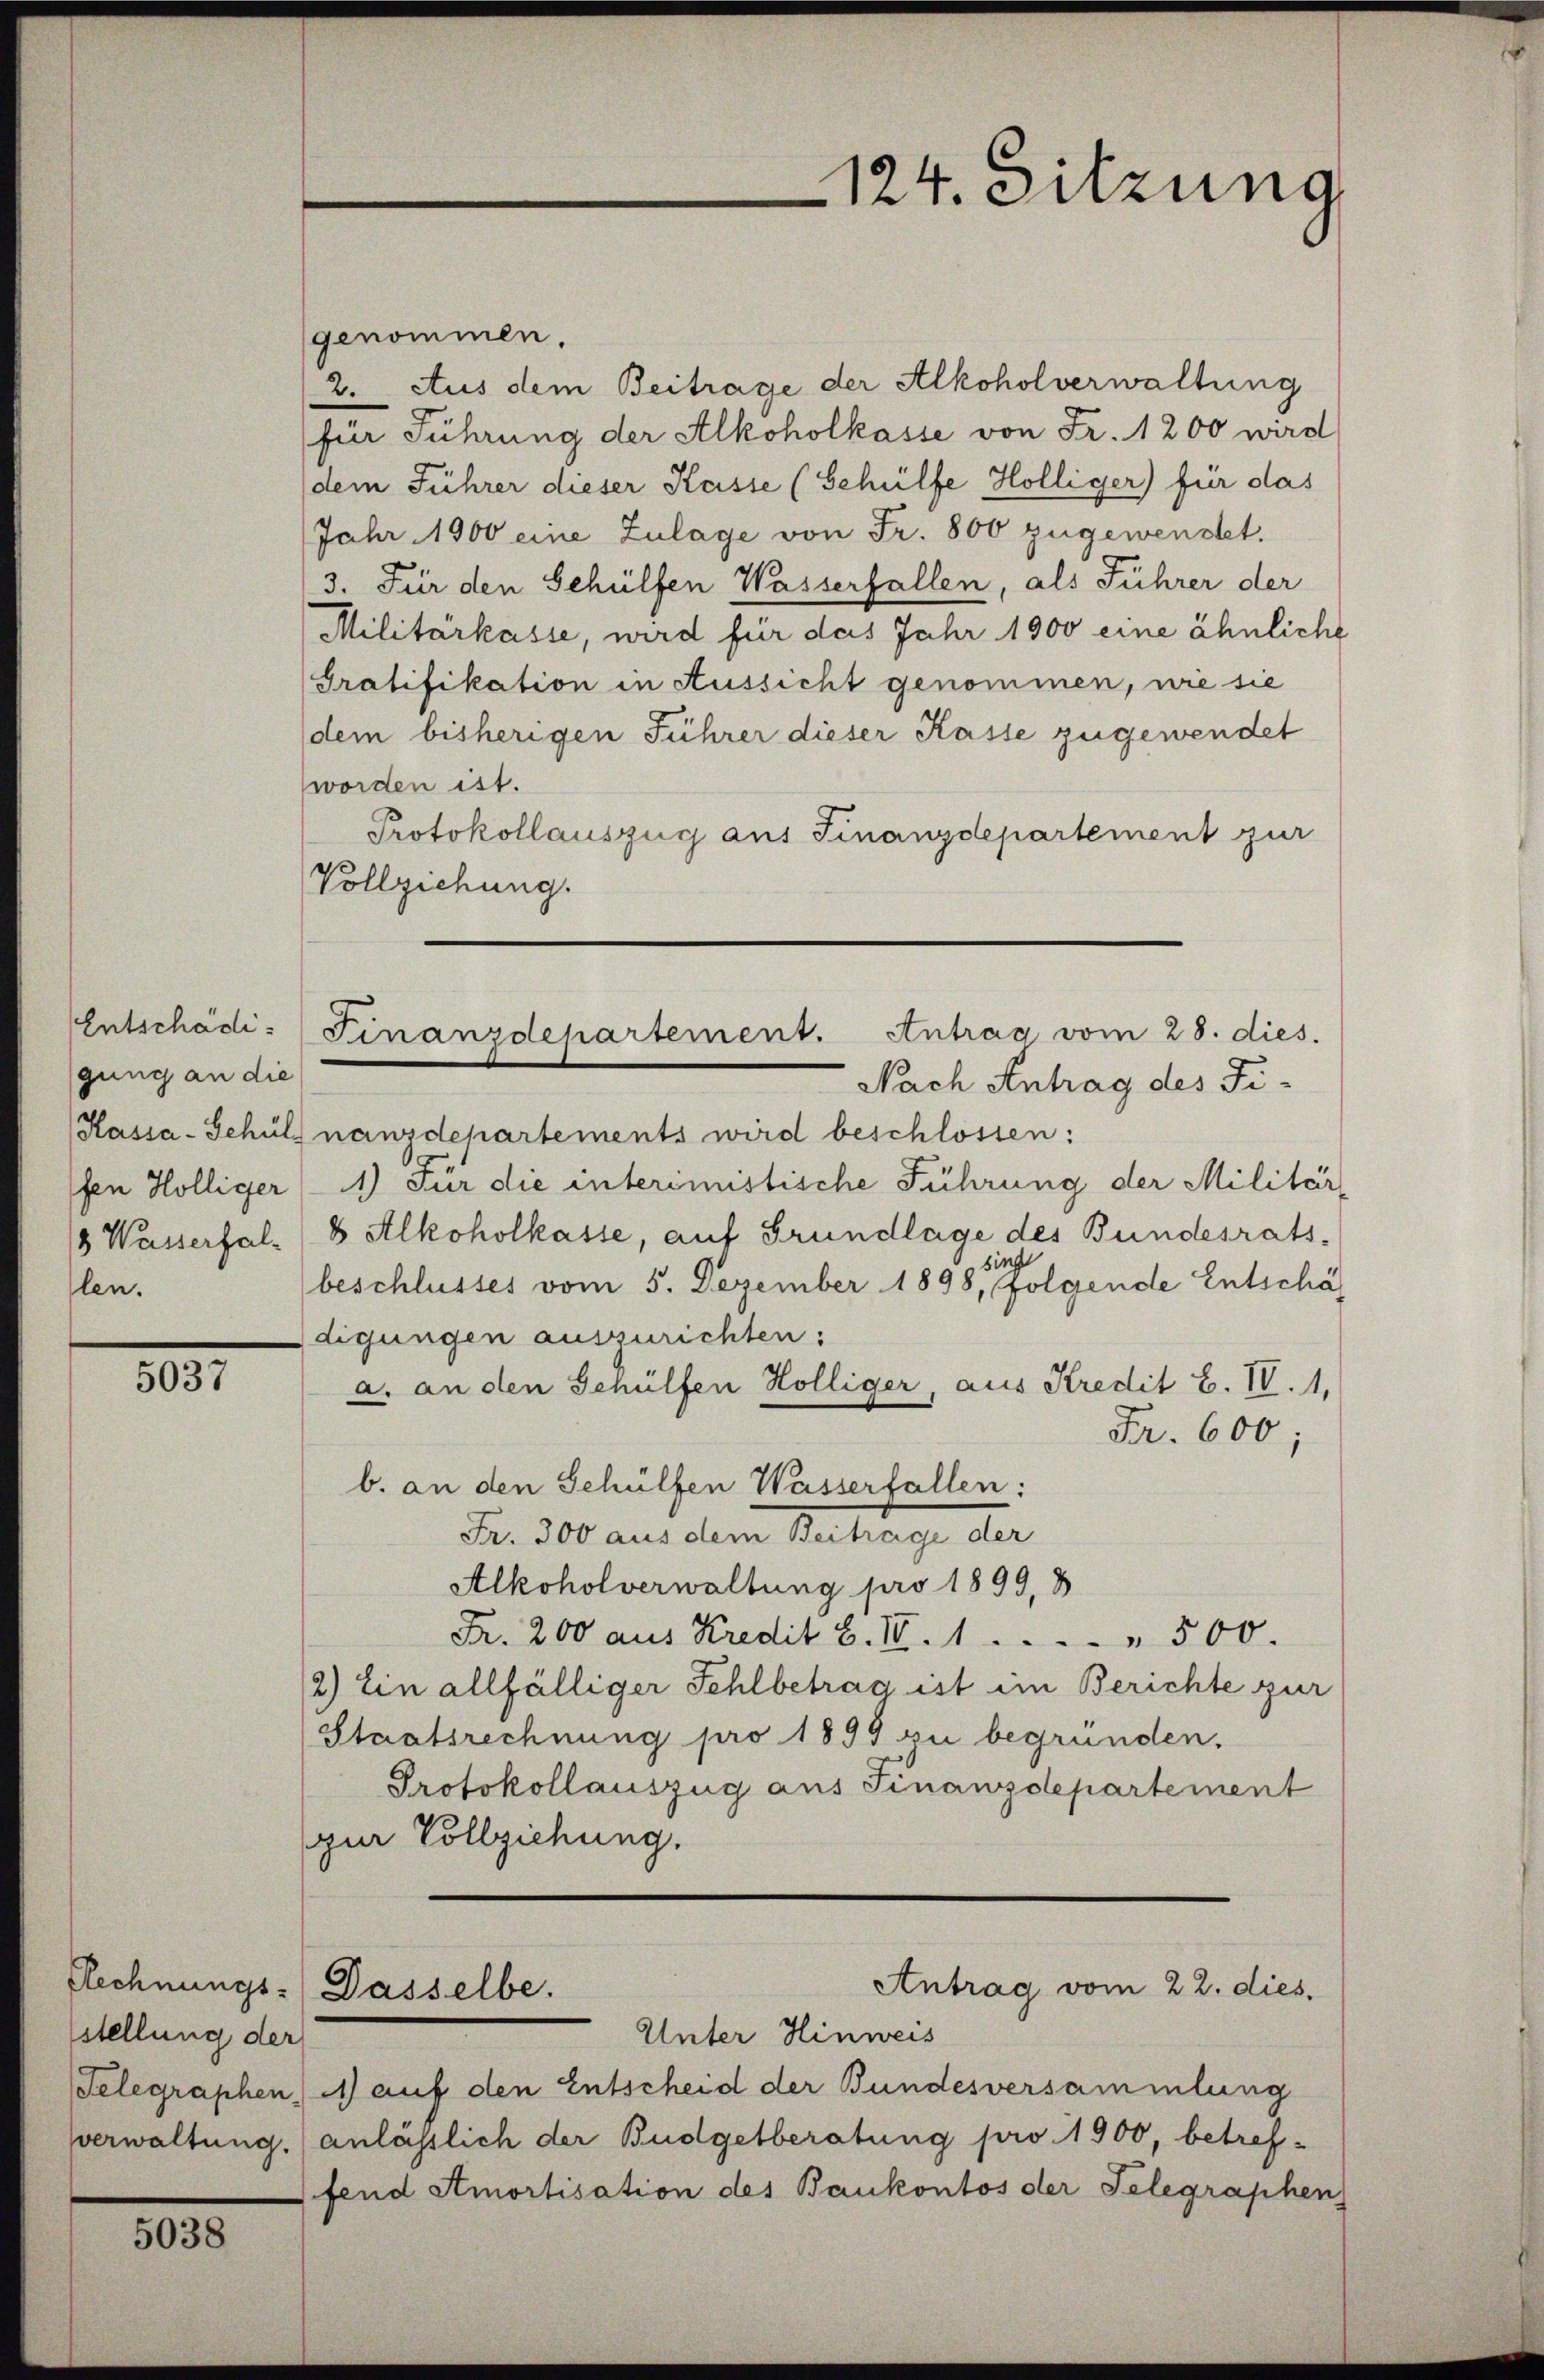
Entschädigung an die
Hassa-Schül
fen Hölliger
3 Waiserhallen.

5037

stellung der

5038

genommen.
2. Aus dem Beitrage der Alkoholverwaltung
für Führung der Alkoholkasse von Fr. 1200 wird
dem Führer dieser Kasse (Gehülfe Hölliger) für das
Jahr 1900 eine Zulage von Fr. 800 zugewendet.
3. Für den Schülfen Wasserfallen, als Führer der
Militärkasse, wird für das Jahr 1900 eine ähnliche
Gratifikation in Aussicht genommen, wie sie
dem bisherigen Führer dieser Kasse zugewendet
worden ist.
Protokollauszug aus Finanzdepartement zur
0
Vollziehung.
Nach Antrag des Finanzdepartements wird beschlossen:
1) Für die interimistische Führung der Militär-
8 Alkoholkasse, auf Grundlage des Bundesratssing
beschlusses vom 5. Dezember 1898, folgende Entschäf
digungen auszurichten:
a. an den Schülfen Hölliger, aus Kredit b. IV. 1.
Fr. 600;
b. an den Schülfen Wasserfallen:
Fr. 300 aus dem Beitrage der
Alkoholverwaltung pro 1899, 8
Pr. 200 aus Kredit b. IV. 1. . . . " 500.
/2) Ein allfälliger Fehlbetrag ist im Berichte zur
Staatsrechnung pro 1899 zu begründen.
Protokollauszug aus Finanzdepartement
zur Vollziehung.
Rechnungs-Dasselbe.
Antrag vom 22. dies
Unter Hinweis
Telegraphen, auf den Entscheid der Bundesversammlung
sverwaltung. anlässlich der Budgetberatung pro 1900, betreffend Amortisation des Baukontos der Telegraphen

Finanzdepartement. Antrag vom 28. dies.

124. Sitzung